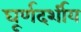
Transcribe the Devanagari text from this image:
घूर्णदर्शीय